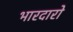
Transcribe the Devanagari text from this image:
भारदारो